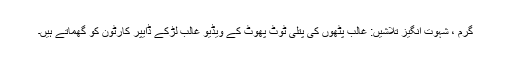
گرم ، شہوت انگیز تلاشیں: غالب پٹھوں کی پتلی ٹوٹ پھوٹ کے ویڈیو غالب لڑکے ڈایپر کارٹون کو گھماتے ہیں۔